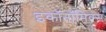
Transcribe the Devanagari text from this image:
इकाॅनाॅमिक्स